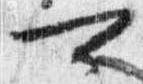
可